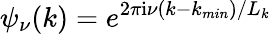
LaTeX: \psi_{\nu}(k)=e^{2\pi\mathrm{i}\nu(k-k_{min})/L_{k}}